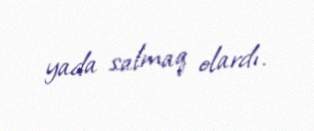
yada salmaq olardı.